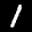
Label: 1